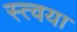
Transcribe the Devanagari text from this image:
स्त्वया